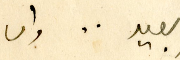
بعير .. وان